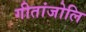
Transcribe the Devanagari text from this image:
गीतांजोलि